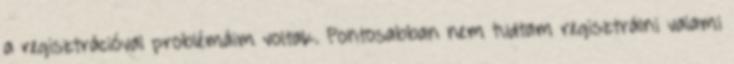
a regisztrációval problémáim voltak. Pontosabban nem tudtam regisztrálni valami